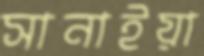
সানাইয়া